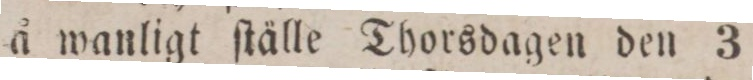
å wanligt ſtälle Thorsdagen den 3